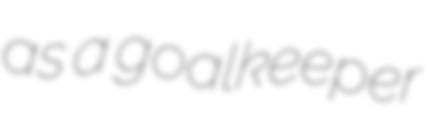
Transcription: as a goalkeeper